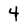
Character: 4